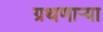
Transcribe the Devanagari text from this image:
ग्रथणाऱ्या